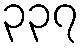
၃၃၇